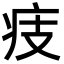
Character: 㽻